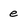
Character: e